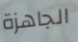
الجاهزة